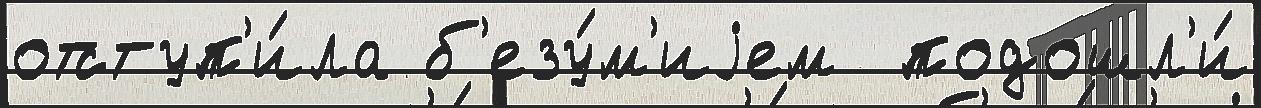
отступ'и́ла б'езу́м'иjем  подошл'и́